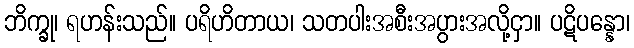
ဘိက္ခု၊ ရဟန်းသည်။ ပရိဟိတာယ၊ သတပါးအစီးအပွားအလို့ငှာ။ ပဋိပန္နော၊